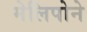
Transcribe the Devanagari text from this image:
मेलिपोने